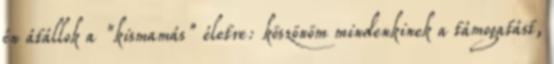
én átállok a "kismamás" életre: köszönöm mindenkinek a támogatást,